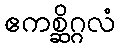
ဧကစ္ဆိဂ္ဂလံ